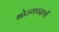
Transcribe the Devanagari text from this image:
भोज्यपदार्थों